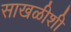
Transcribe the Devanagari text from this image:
साखळीशी